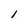
Character: 1